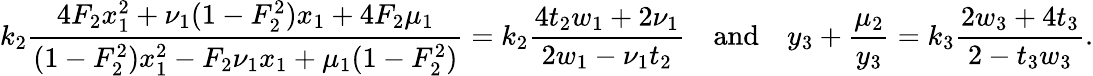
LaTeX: k_{2}\frac{4F_{2}x_{1}^{2}+\nu_{1}(1-F_{2}^{2})x_{1}+4F_{2}\mu_{1}}{(1-F_{2}^{2})x_{1}^{2}-F_{2}\nu_{1}x_{1}+\mu_{1}(1-F_{2}^{2})}=k_{2}\frac{4t_{2}w_{1}+2\nu_{1}}{2w_{1}-\nu_{1}t_{2}}\quad\mathrm{and}\quad y_{3}+\frac{\mu_{2}}{y_{3}}=k_{3}\frac{2w_{3}+4t_{3}}{2-t_{3}w_{3}}.